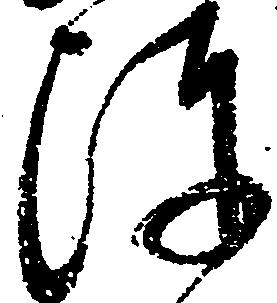
陣